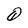
Character: Q